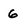
Character: 6